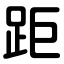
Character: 距